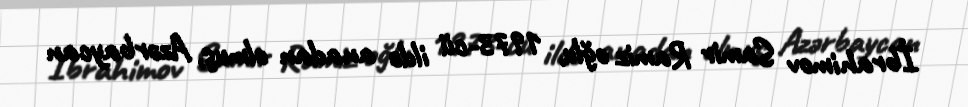
İbrahimov Samir Ramiz oğlu, 1973-cü ildə anadan olmuş, Azərbaycan